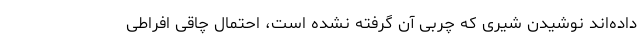
داده‌اند نوشیدن شیری که چربی آن گرفته نشده است، احتمال چاقی افراطی